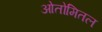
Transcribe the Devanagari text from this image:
ओतोमितल